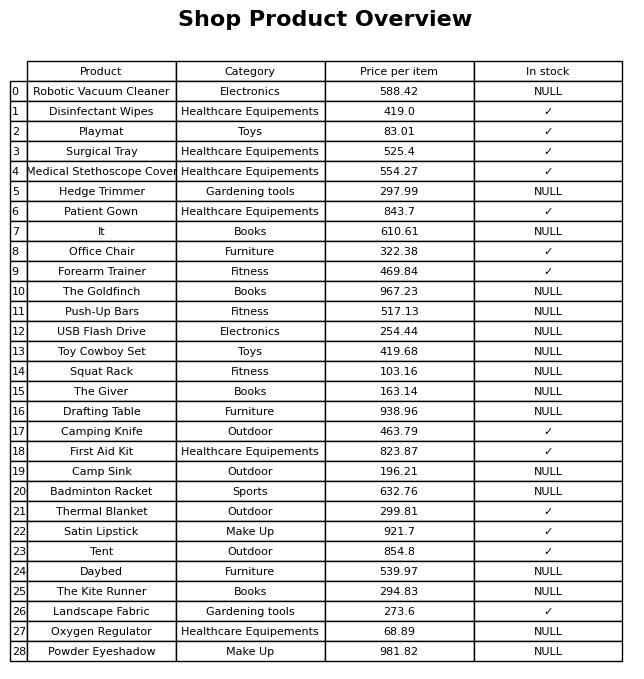
question: What is the price of the Disinfectant Wipes?
answer: The price of Disinfectant Wipes is 419.0.